Source: Handwritten
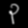
Digit: ၃ (3)